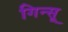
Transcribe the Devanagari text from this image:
गिन्सू